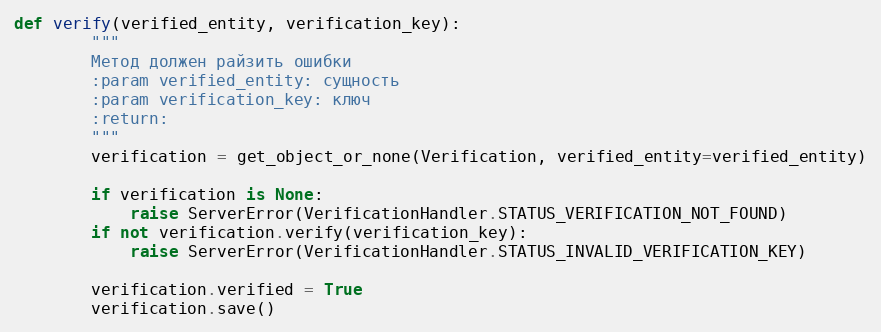
Language: Python
def verify(verified_entity, verification_key):
        """
        Метод должен райзить ошибки
        :param verified_entity: сущность
        :param verification_key: ключ
        :return:
        """
        verification = get_object_or_none(Verification, verified_entity=verified_entity)

        if verification is None:
            raise ServerError(VerificationHandler.STATUS_VERIFICATION_NOT_FOUND)
        if not verification.verify(verification_key):
            raise ServerError(VerificationHandler.STATUS_INVALID_VERIFICATION_KEY)

        verification.verified = True
        verification.save()